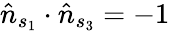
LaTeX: \hat{n}_{s_{1}}\cdot\hat{n}_{s_{3}}=-1